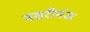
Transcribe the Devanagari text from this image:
नसरीगंज